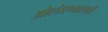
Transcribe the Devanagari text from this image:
ओलंडण्यासाठी